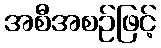
အစီအစဉ်ဖြင့်